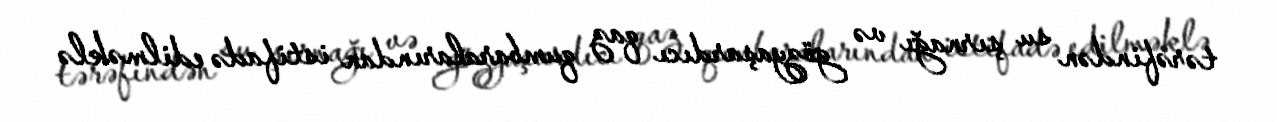
tərəfindən su şırnağı və gözyaşardıcı qaz qumbaralarından istifadə edilməklə